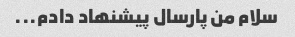
سلام من پارسال پیشنهاد دادم...